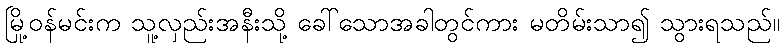
မြို့ဝန်မင်းက သူ့လှည်းအနီးသို့ ခေါ်သောအခါတွင်ကား မတိမ်းသာ၍ သွားရသည်။